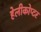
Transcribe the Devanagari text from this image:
हेलीकोप्टर